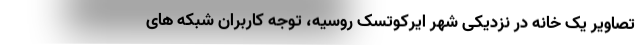
تصاویر یک خانه در نزدیکی شهر ایرکوتسک روسیه، توجه کاربران شبکه های